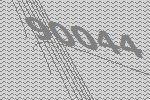
90044